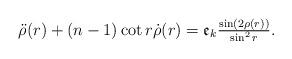
LaTeX: \begin{align*}\ddot\rho(r)+(n-1)\cot r\dot\rho(r)=\frak{e}_k\tfrac{\sin(2\rho(r))}{\sin^2r}.\end{align*}